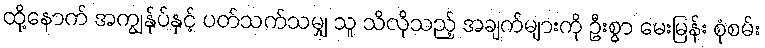
ထို့နောက် အကျွန်ုပ်နှင့် ပတ်သက်သမျှ သူ သိလိုသည့် အချက်များကို ဦးစွာ မေးမြန်း စုံစမ်း